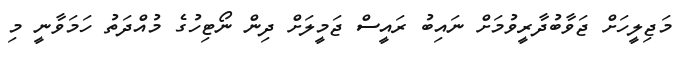
މަޖިލީހަށް ޖަވާބުދާރީވުމަށް ނައިބު ރައީސް ޖަމީލަށް ދިން ނޯޓިހުގެ މުއްދަތު ހަމަވާނީ މި